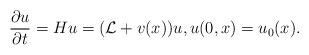
LaTeX: \begin{align*}\frac{\partial u}{\partial t}=Hu=(\mathcal L+v(x))u, u(0,x)=u_0(x).\end{align*}